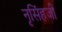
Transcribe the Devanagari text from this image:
नृसिंहजी